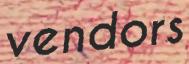
vendors